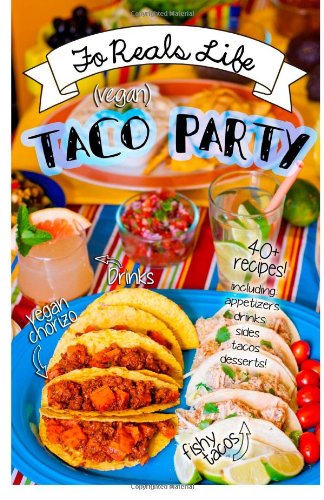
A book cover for Vegan Taco Party; Morgan Eccleston; Cookbooks, Food & Wine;